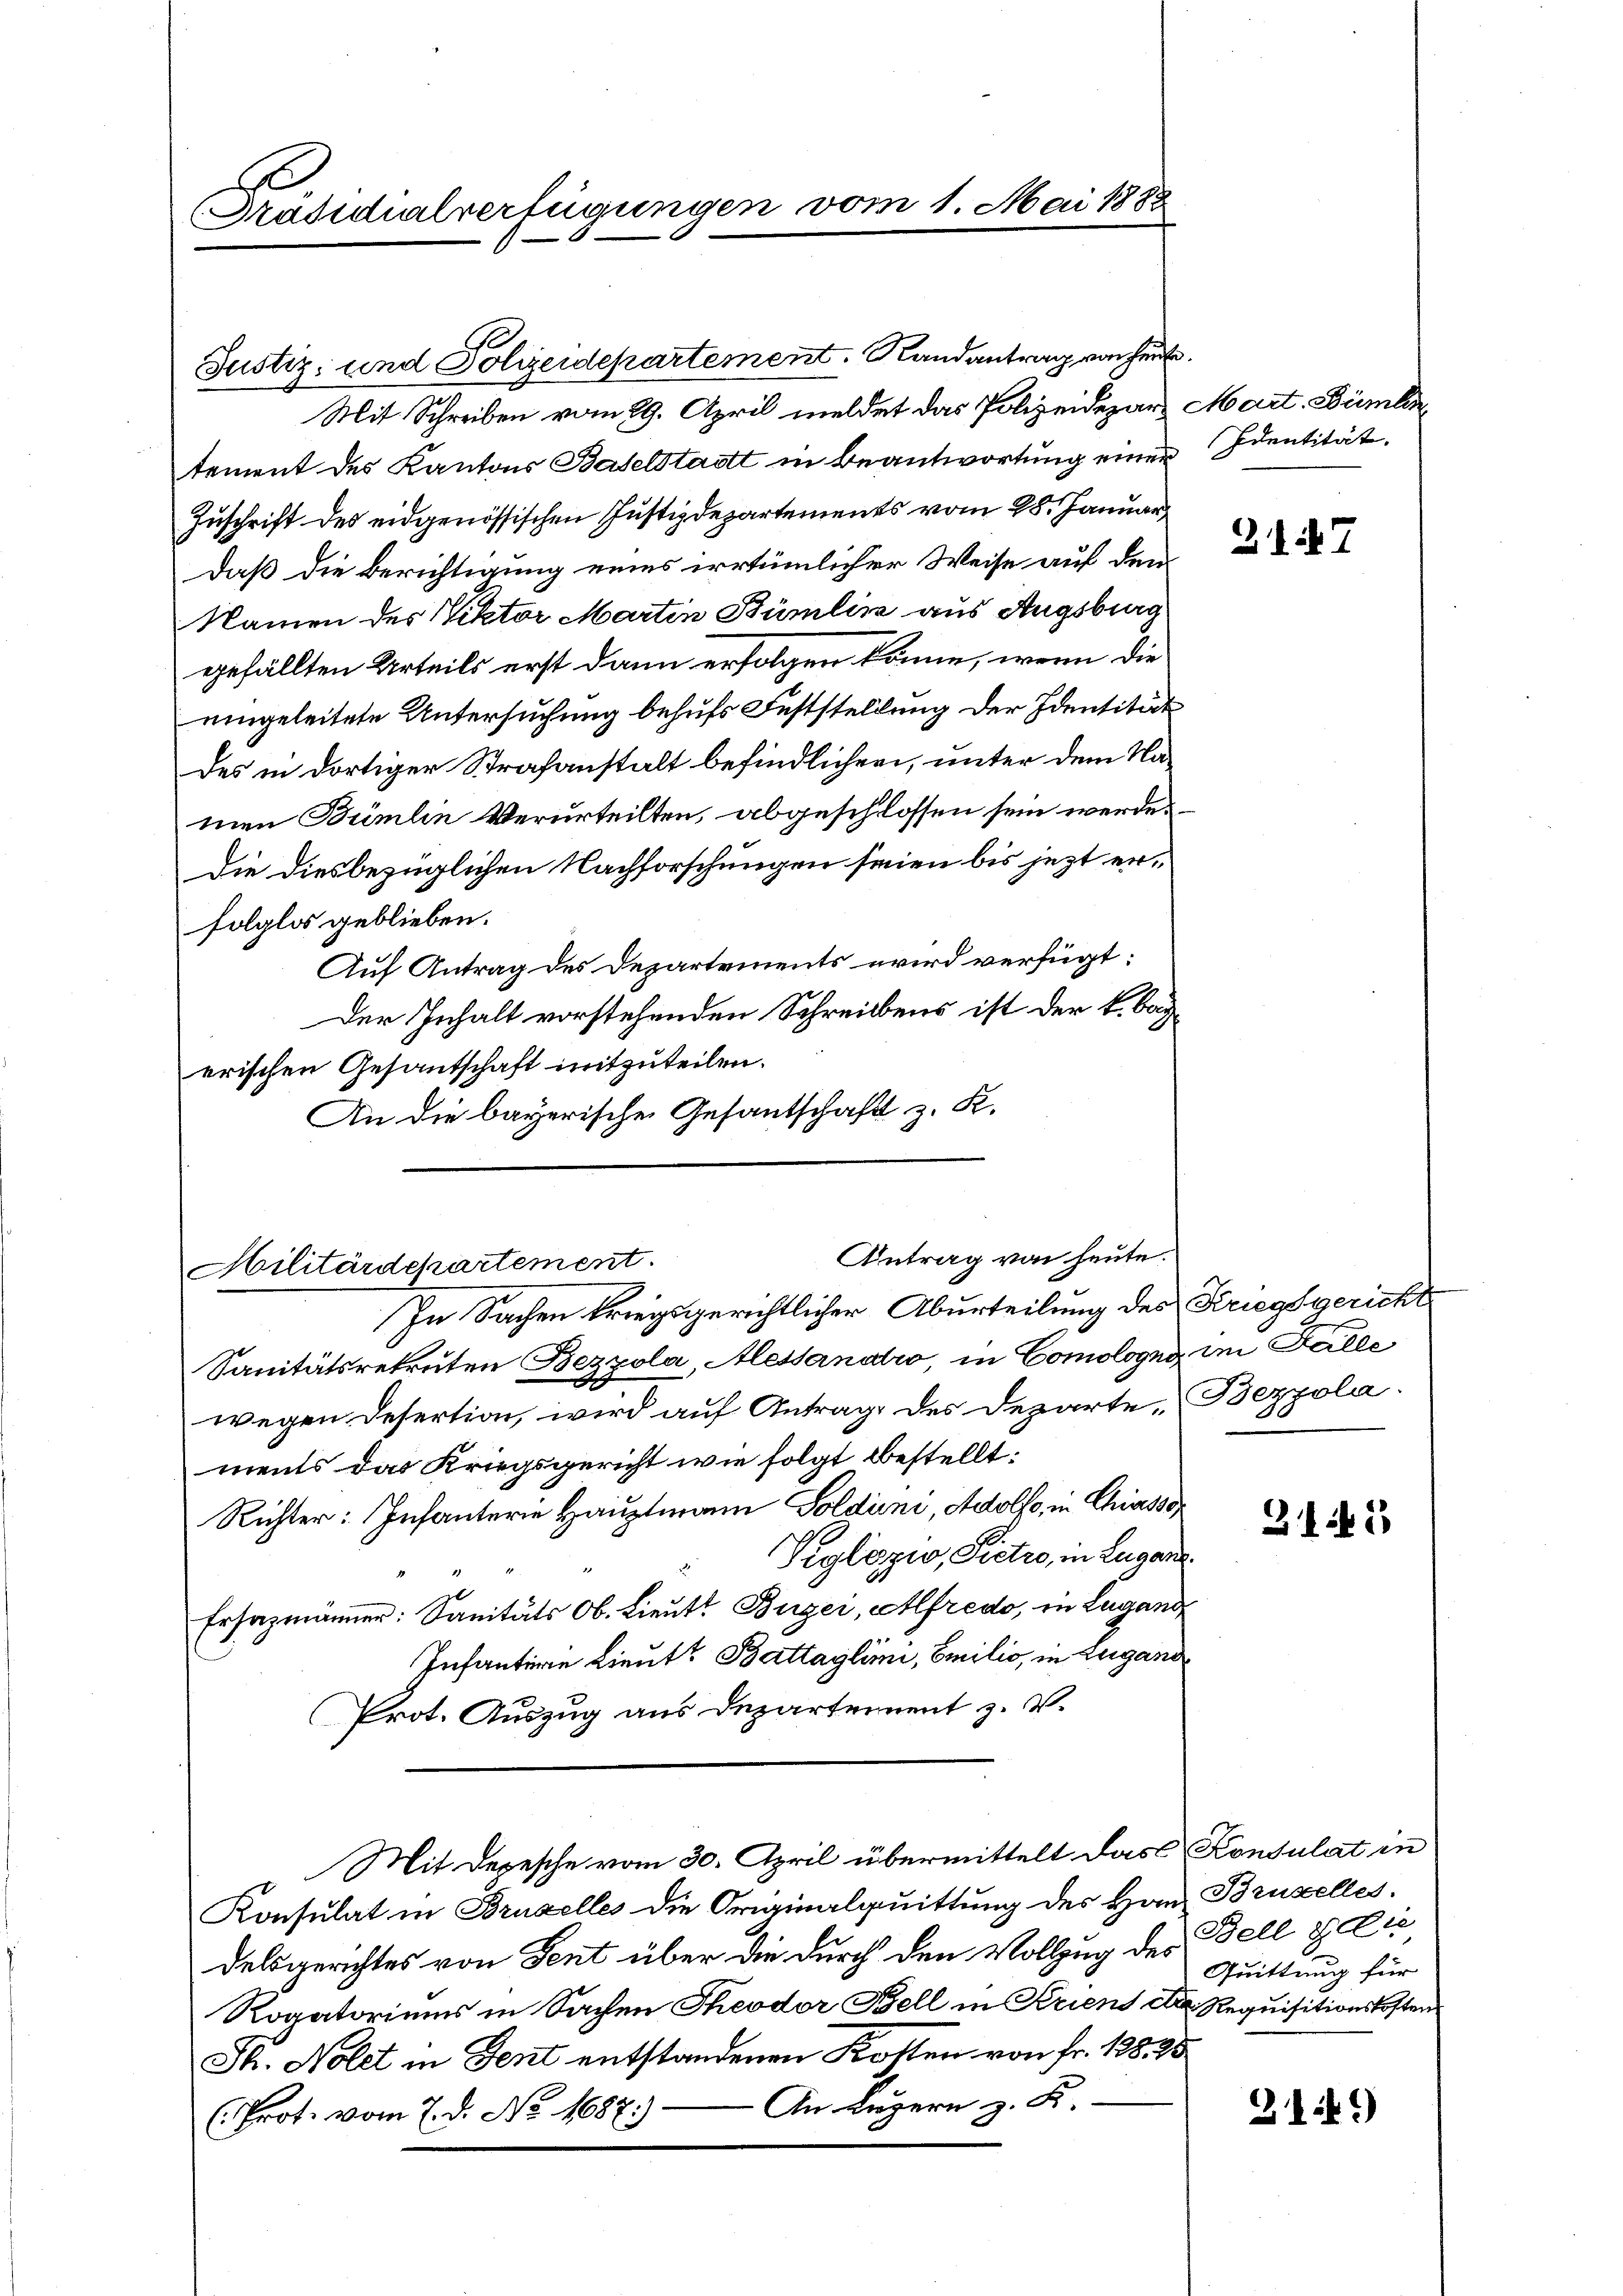
Präsidialverfügungen vom 1. Mai 1888

Justiz- und Polizeidepartement. Randantrag von heute.

Mit Schreiben vom 29. April meldet das Polizeidepart Mart. Bümlen
tement des Kantons Baselstatt in Beantwortung einer Identität.
Zuschrift des eidgenössischen Justizdepartements vom 28. Januar
daß die Berichtigung eines irrtümlicher Weise auf den
Namen des Viktor Martin Bürlin aus Augsburg
gefällten Urteils erst dann erfolgen könne, wenn die
eingeleitete Untersuchung behufs Feststellung der Identität
des in dortiger Strafanstalt befindlicher, unter dem Namen Bümlin Verurteilten, abgeschlossen sein werde.
die diesbezüglichen Nachforschungen seien bis jezt erfolglos geblieben.
Auf Antrag des Departements wird verfügt:
Der Inhalt vorstehenden Schreibens ist der k. bac
erischen Gesantschaft mitzuteilen.
An die bayerische Gesantschaft z. K.

Antrag von heute.
Militärdepartement
In Sachen kriegsgerichtlicher Aburteilung des Kriegsgericht

Sanitätsrekruten Bezzola, Messandtio, in Comologno, im Falle
wegen Desertion, wird auf Antrag des Departe Bezzola.
ments das Kriegsgericht wie folgt bestellt:
Richter: Infanterie Hauptmann Soldini, Adolfs in Chiasso
Peglozio, Pictio, in Lugan
Ersazmänner: Sanitäts Ob. Lieutt Buzei, Alfredo, in Lugang
Infantern Lieutt Battaglini, Emilio, in Zugano
Prot. Auszug aus Departement z. V.
Mit Depesche vom 30. April übermittelt das Konsulat in
Konsulat in Bruselles die Originalquittung des Han Brustelles.
delsgerichtes von Fent über die durch den Vollzug der Bell & die
Rogatoriums in Sachen Theodor Bell in Kriens der Requisitionskosten
St. Nolet in Gent entstandenen Kosten von Fr. 128, 25
An Luzern z. B.
(Prot. vom 7. d. No. 1687)

3147

2145

Quittung für

314)